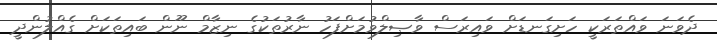
ދެވަނަ ވައްތަރަކީ ހަށިގަނޑަށް ވައިރަސް ވާޞިލްވުމަށްފަހު ނާރުތަކުގެ ނިޒާމް ނޫން ބައިތަކަށް ގެއްލުންދީ